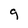
Character: q